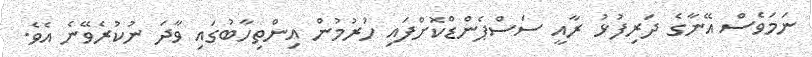
ނަމަވެސް އޭނާގެ ދަރިފުޅު ރާއީ ސަސްޕެންޑްކޮށްފައި ހުރުމުން އިންތިހާބުގައި ވާދަ ނުކުރެވޭނެ އެވެ.